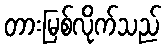
တားမြစ်လိုက်သည်